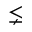
\lneq